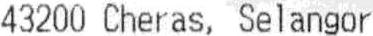
43200 CHERAS, SELANGOR